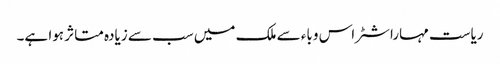
ریاست مہاراشٹر اس وباء سے ملک میں سب سے زیادہ متاثر ہوا ہے۔